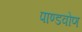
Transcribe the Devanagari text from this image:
पाण्डवोण